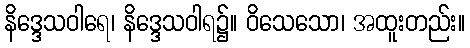
နိဒ္ဒေသဝါရေ၊ နိဒ္ဒေသဝါရ၌။ ဝိသေသော၊ အထူးတည်း။